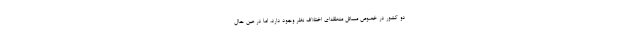
دو کشور در خصوص مسائل منطقه‌ای اختلاف نظر وجود دارد، اما در عین حال